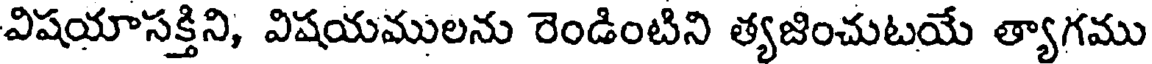
విషయాసక్తిని, విషయములను రెండింటిని త్యజించుటయే త్యాగము